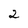
Character: 2